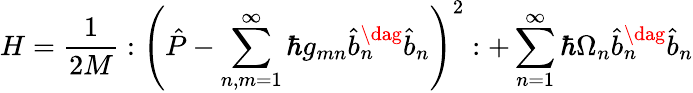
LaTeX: H=\frac{1}{2M}:\left(\hat{P}-\sum_{n,m=1}^{\infty}\hbar g_{mn}\hat{b}_{n}^{\dag}\hat{b}_{n}\right)^{2}:+\sum_{n=1}^{\infty}\hbar\Omega_{n}\hat{b}_{n}^{\dag}\hat{b}_{n}